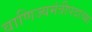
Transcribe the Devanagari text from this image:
वाणिज्यमंत्रीपदाच्या